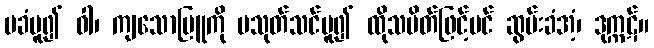
မခံမူ၍ ဝါ၊ ကျသောမြူကို မသုတ်သင်မူ၍ ထိုသပိတ်ဖြင့်ပင် ဆွမ်းခံအံ့၊ ဒုက္ကဋ်။